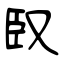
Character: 臤